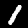
Digit: 1